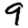
Digit: 9